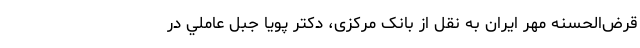
قرض‌الحسنه مهر ایران به نقل از بانک مرکزی، دکتر پویا جبل عاملي در